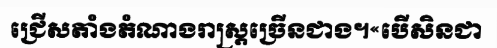
ជ្រើសតាំងតំណាងរាស្ត្រច្រើនជាង។«បើសិនជា